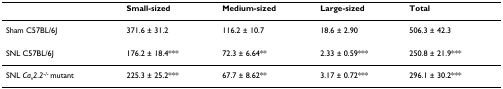
<table><thead><tr><td></td><td><b>Small-sized</b></td><td><b>Medium-sized</b></td><td><b>Large-sized</b></td><td><b>Total</b></td></tr></thead><tbody><tr><td>Sham C57BL/6J</td><td>371.6 ± 31.2</td><td>116.2 ± 10.7</td><td>18.6 ± 2.90</td><td>506.3 ± 42.3</td></tr><tr><td>SNL C57BL/6J</td><td>176.2 ± 18.4***</td><td>72.3 ± 6.64**</td><td>2.33 ± 0.59***</td><td>250.8 ± 21.9***</td></tr><tr><td>SNL <i>Ca</i><sub><i>v</i></sub><i>2.2</i><sup>-/- </sup>mutant</td><td>225.3 ± 25.2***</td><td>67.7 ± 8.62**</td><td>3.17 ± 0.72***</td><td>296.1 ± 30.2***</td></tr></tbody></table>